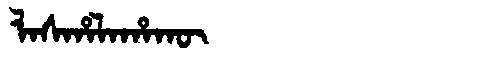
Manchu: ᠯᠠᠰᡥᠠᠯᠠᡥᠠᡴᡡ
Romanization: LASHALAHAKŪ